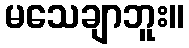
မသေချာဘူး။